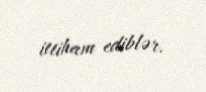
ittiham ediblər.